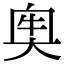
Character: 𡘠